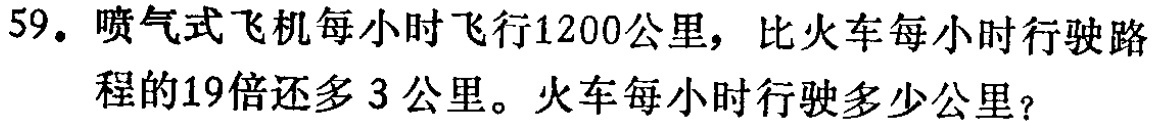
59. 喷气式飞机每小时飞行1200公里，比火车每小时行驶路程的19倍还多3公里。火车每小时行驶多少公里？